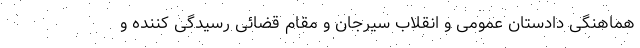
هماهنگی دادستان عمومی و انقلاب سیرجان و مقام قضائی رسیدگی کننده و